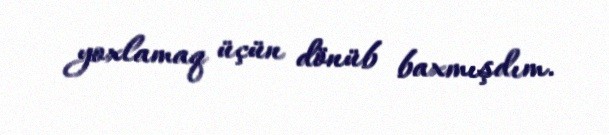
yoxlamaq üçün dönüb baxmışdım.